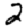
Digit: 2